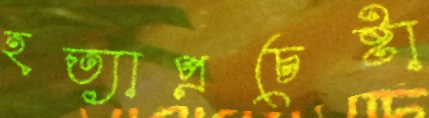
হত্যাপ্রচেষ্টা